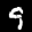
Label: 9